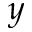
y